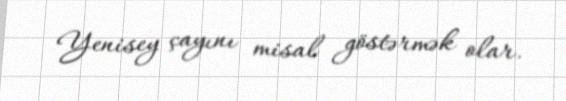
Yenisey çayını misal göstərmək olar.